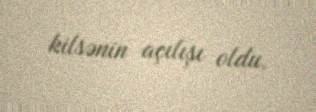
kilsənin açılışı oldu.